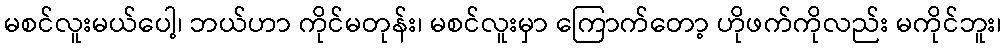
မစင်လူးမယ်ပေါ့၊ ဘယ်ဟာ ကိုင်မတုန်း၊ မစင်လူးမှာ ကြောက်တော့ ဟိုဖက်ကိုလည်း မကိုင်ဘူး၊